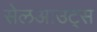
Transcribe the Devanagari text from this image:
सेलआउट्स